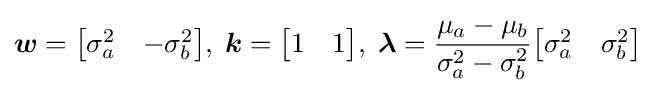
{\boldsymbol {w}}={\begin{bmatrix}\sigma _{a}^{2}&-\sigma _{b}^{2}\end{bmatrix}},\;{\boldsymbol {k}}={\begin{bmatrix}1&1\end{bmatrix}},\;{\boldsymbol {\lambda }}={\frac {\mu _{a}-\mu _{b}}{\sigma _{a}^{2}-\sigma _{b}^{2}}}{\begin{bmatrix}\sigma _{a}^{2}&\sigma _{b}^{2}\end{bmatrix}}